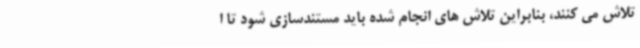
تلاش می کنند، بنابراین تلاش های انجام شده باید مستندسازی شود تا ا